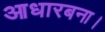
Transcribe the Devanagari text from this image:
आधारबना।